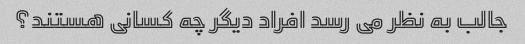
جالب به نظر می رسد افراد دیگر چه کسانی هستند؟